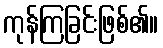
ကုန်ကြခြင်းဖြစ်၏။